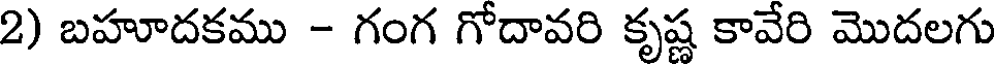
2) బహూదకము - గంగ గోదావరి కృష్ణ కావేరి మొదలగు